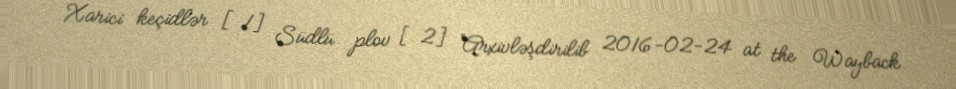
Xarici keçidlər [1] Südlü plov [2] Arxivləşdirilib 2016-02-24 at the Wayback